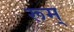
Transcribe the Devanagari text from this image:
रूम्